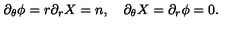
\partial _ { \theta } \phi = r \partial _ { r } X = n , \quad \partial _ { \theta } X = \partial _ { r } \phi = 0 .